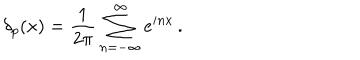
LaTeX: \delta _ { p } ( x ) = \frac { 1 } { 2 \pi } \sum _ { n = - \infty } ^ { \infty } e ^ { i n x } \, .